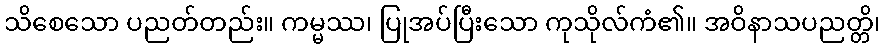
သိစေသော ပညတ်တည်း။ ကမ္မဿ၊ ပြုအပ်ပြီးသော ကုသိုလ်ကံ၏။ အဝိနာသပညတ္တိ၊